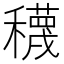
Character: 𥣫